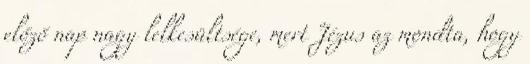
előző nap nagy lelkesültsége, mert Jézus az mondta, hogy